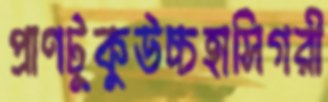
প্রাণটুকুউচ্চহাসিগরী